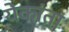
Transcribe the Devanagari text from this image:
येकांता